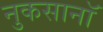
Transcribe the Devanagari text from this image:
नुकसानॉ